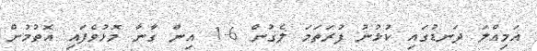
އަމިއްލަ ދަނޑުގައި ކުޅުނު ފުރަތަމަ ލެގުން 6-1 އިން ގާނާ މޮޅުވެފައި އޮތުމުން